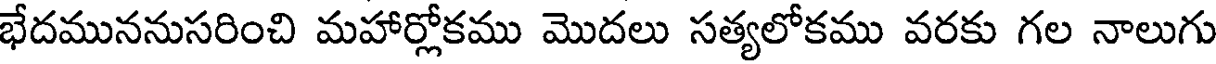
భేదముననుసరించి మహార్లోకము మొదలు సత్యలోకము వరకు గల నాలుగు